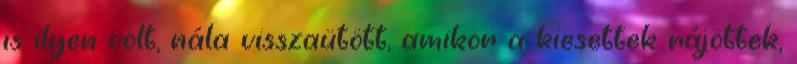
is ilyen volt, nála visszaütött, amikor a kiesettek rájöttek,